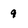
Character: 9